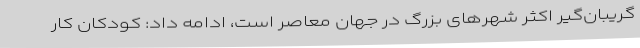
گریبان‌گیر اکثر شهرهای بزرگ در جهان معاصر است، ادامه داد: کودکان کار